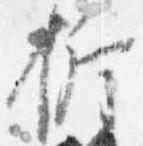
折